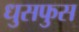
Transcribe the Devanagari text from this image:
धुसफुस